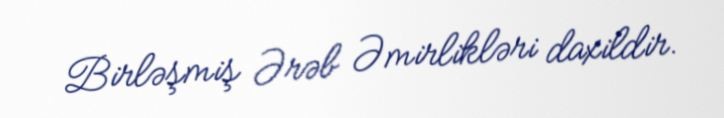
Birləşmiş Ərəb Əmirlikləri daxildir.